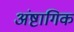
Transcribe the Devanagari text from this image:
अंष्टागिक